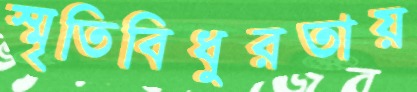
স্মৃতিবিধুরতায়